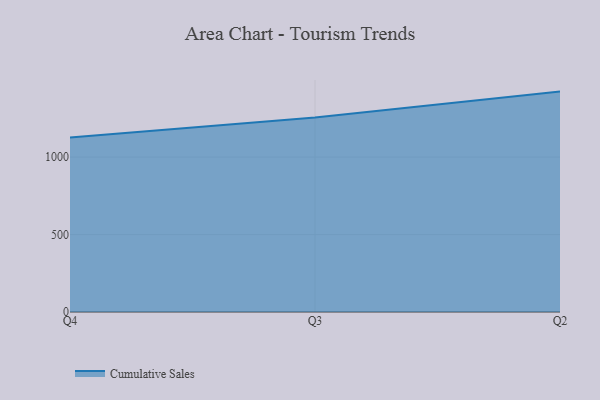
{"axis": {"x": "Quarter", "y": "Production Output"}, "legend": ["Cumulative Sales"], "data": [{"x": "Q4", "y": 1126.2, "type": "Cumulative Sales"}, {"x": "Q3", "y": 1255.8, "type": "Cumulative Sales"}, {"x": "Q2", "y": 1422.4, "type": "Cumulative Sales"}]}